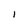
Character: I